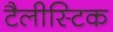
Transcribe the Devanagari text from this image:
टैलीस्टिक